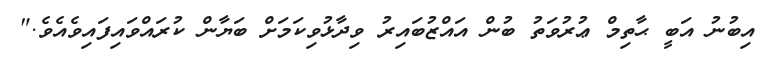
އިބުނު އަބީ ޙާތިމް ޢުރުވަތު ބުން އައްޒުބައިރު ވިދާޅުވިކަމަށް ބަޔާން ކުރައްވައިފައިވެއެވެ."